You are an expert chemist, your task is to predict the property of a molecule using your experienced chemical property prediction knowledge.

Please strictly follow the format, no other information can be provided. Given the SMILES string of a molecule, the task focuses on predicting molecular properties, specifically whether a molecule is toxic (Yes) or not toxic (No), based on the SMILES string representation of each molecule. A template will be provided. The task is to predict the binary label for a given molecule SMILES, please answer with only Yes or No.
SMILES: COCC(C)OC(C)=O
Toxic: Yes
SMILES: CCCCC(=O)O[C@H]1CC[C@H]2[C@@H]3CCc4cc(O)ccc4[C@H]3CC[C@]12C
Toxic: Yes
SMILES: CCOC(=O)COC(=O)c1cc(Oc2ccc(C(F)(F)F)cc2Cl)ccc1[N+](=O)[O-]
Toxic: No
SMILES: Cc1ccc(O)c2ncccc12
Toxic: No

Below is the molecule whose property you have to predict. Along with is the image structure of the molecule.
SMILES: C1CNCCN1.C[C@H](CCC(=O)O)[C@H]1CC[C@H]2[C@H]3[C@H](C[C@H](O)[C@@]21C)[C@@]1(C)CC[C@@H](O)C[C@H]1C[C@H]3O
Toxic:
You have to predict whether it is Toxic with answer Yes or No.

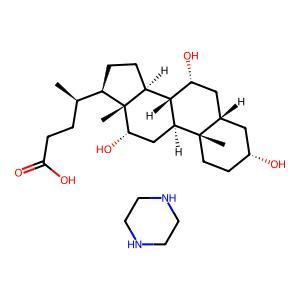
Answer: No